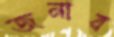
জনাব